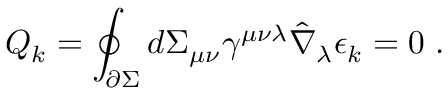
{ \cal Q } _ { k } = \oint _ { \partial \Sigma } d \Sigma _ { \mu \nu } \gamma ^ { \mu \nu \lambda } \hat { \nabla } _ { \lambda } \epsilon _ { k } = 0 \ .